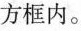
方框内。